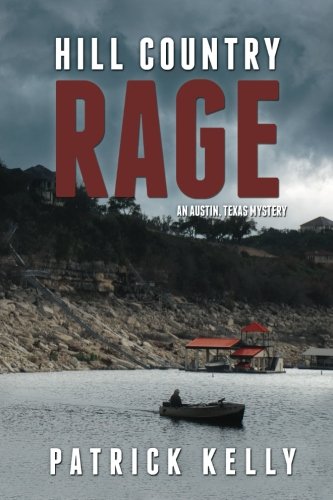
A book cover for Hill Country Rage: An Austin, Texas Mystery (A Joe Robbins Novel) (Volume 2); Patrick Kelly; Mystery, Thriller & Suspense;